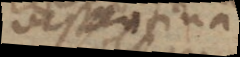
vespertina